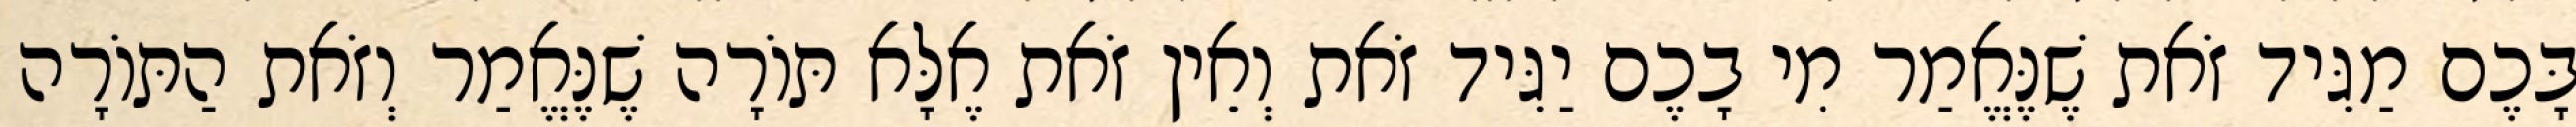
בָּכֶם מַגִּיד זֹאת שֶׁנֶּאֱמַר מִי בָכֶם יַגִּיד זֹאת וְאֵין זֹאת אֶלָּא תּוֹרָה שֶׁנֶּאֱמַר וְזֹאת הַתּוֹרָה